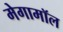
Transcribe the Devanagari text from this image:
मेगामॉल